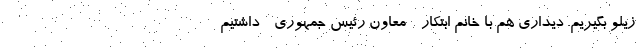
زیلو بگیریم. دیداری هم با خانم ابتکار - معاون رئیس جمهوری - داشتیم